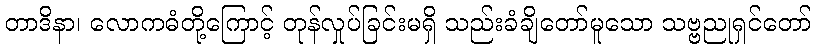
တာဒိနာ၊ လောကဓံတို့ကြောင့် တုန်လှုပ်ခြင်းမရှိ သည်းခံချိတော်မူသော သဗ္ဗညုရှင်တော်